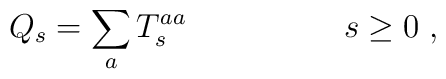
Q_s=\sum_{a}T_s^{aa} \hspace{2cm}s\geq0\;,